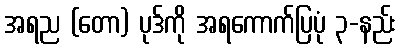
အရည (တော) ပုဒ်ကို အရကောက်ပြပုံ ၃-နည်း